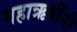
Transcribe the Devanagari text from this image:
महाऋषींनी